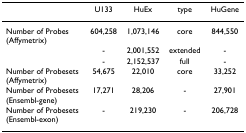
<table><thead><tr><td></td><td><b>U133</b></td><td><b>HuEx</b></td><td><b>type</b></td><td><b>HuGene</b></td></tr></thead><tbody><tr><td>Number of Probes (Affymetrix)</td><td>604,258</td><td>1,073,146</td><td>core</td><td>844,550</td></tr><tr><td></td><td>-</td><td>2,001,552</td><td>extended</td><td>-</td></tr><tr><td></td><td>-</td><td>2,152,537</td><td>full</td><td>-</td></tr><tr><td>Number of Probesets (Affymetrix)</td><td>54,675</td><td>22,010</td><td>core</td><td>33,252</td></tr><tr><td>Number of Probesets (Ensembl-gene)</td><td>17,271</td><td>28,206</td><td>-</td><td>27,901</td></tr><tr><td>Number of Probesets (Ensembl-exon)</td><td>-</td><td>219,230</td><td>-</td><td>206,728</td></tr></tbody></table>